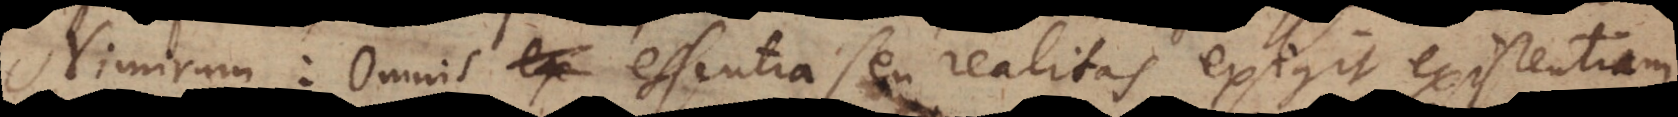
Nimirum: Omnis ex essentia seu realitas exigit existentiam